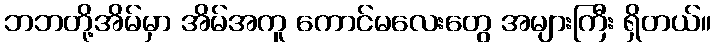
ဘဘတို့အိမ်မှာ အိမ်အကူ ကောင်မလေးတွေ အများကြီး ရှိတယ်။